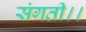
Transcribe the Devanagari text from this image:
संगती।।